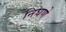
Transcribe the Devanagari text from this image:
निघणे